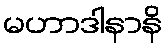
မဟာဒါနာနိ